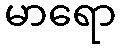
မာရော